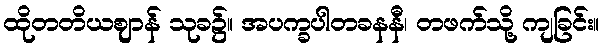
ထိုတတိယဈာန် သုခ၌။ အပက္ခပါတခနနီ၊ တဖက်သို့ ကျခြင်း။